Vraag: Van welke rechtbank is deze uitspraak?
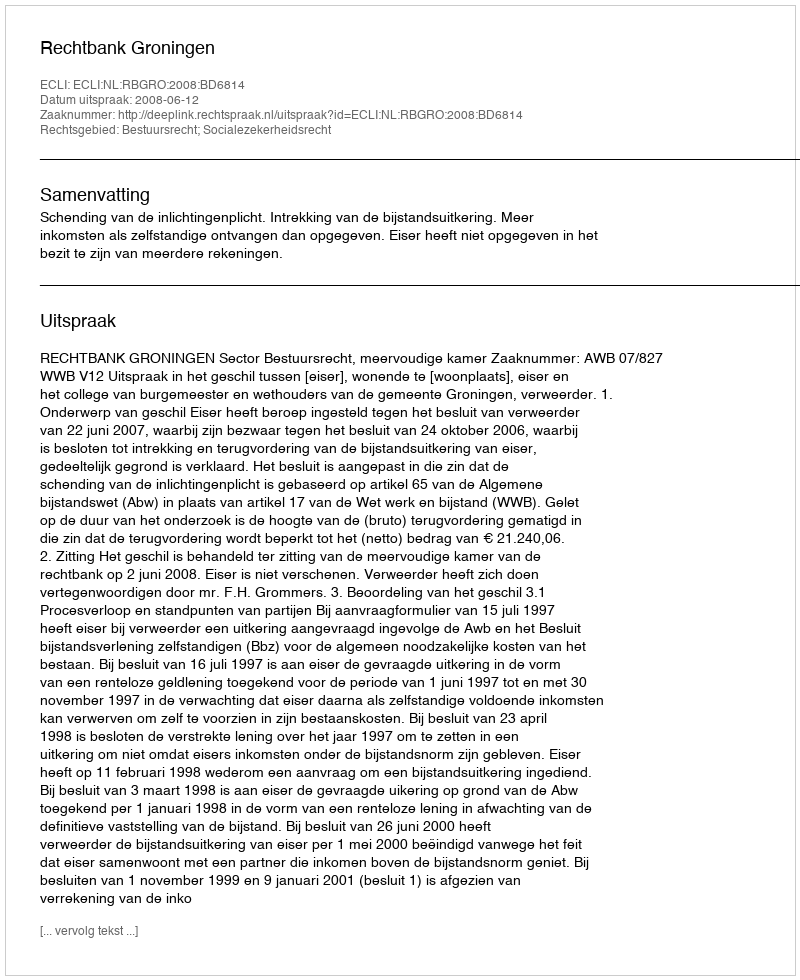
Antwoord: Rechtbank Groningen